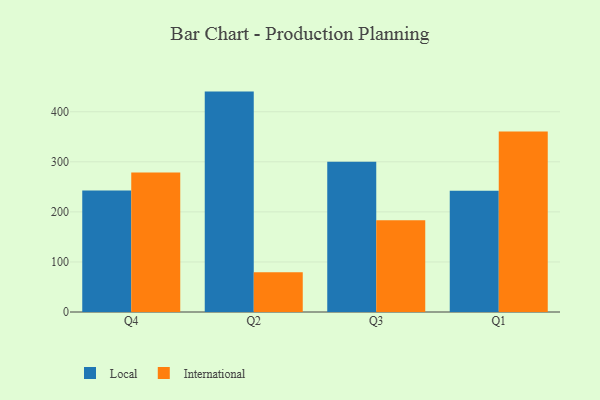
{"axis": {"x": "Quarter", "y": "Market Share (%)"}, "legend": ["International", "Local"], "data": [{"x": "Q4", "y": 242.8, "type": "Local"}, {"x": "Q4", "y": 278.6, "type": "International"}, {"x": "Q2", "y": 440.3, "type": "Local"}, {"x": "Q2", "y": 79.4, "type": "International"}, {"x": "Q3", "y": 300.3, "type": "Local"}, {"x": "Q3", "y": 183.5, "type": "International"}, {"x": "Q1", "y": 242.0, "type": "Local"}, {"x": "Q1", "y": 360.8, "type": "International"}]}